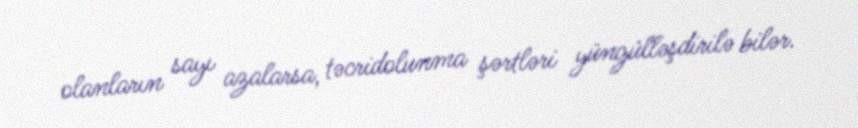
olanların sayı azalarsa, təcridolunma şərtləri yüngülləşdirilə bilər.